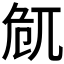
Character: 𠨜